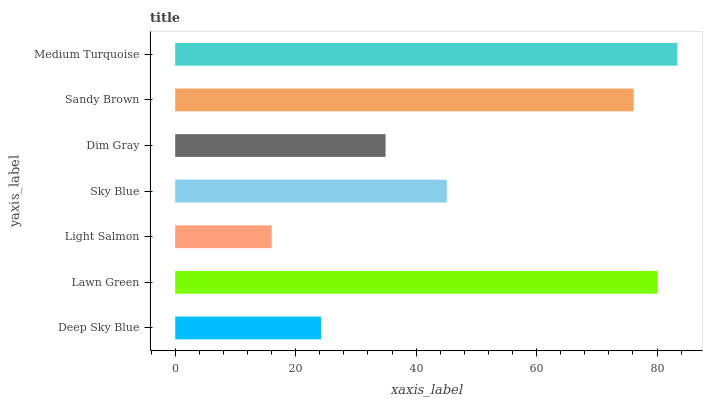
| yaxis_label | bars |
 | --- | --- |
 | Deep Sky Blue | 24.2 |
 | Lawn Green | 80.1 |
 | Light Salmon | 16 |
 | Sky Blue | 45.1 |
 | Dim Gray | 34.9 |
 | Sandy Brown | 76.1 |
 | Medium Turquoise | 83.4 |